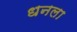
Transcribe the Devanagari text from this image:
धनला